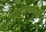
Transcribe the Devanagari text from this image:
नालाप्रणालीतून